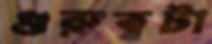
গুরুত্বটা